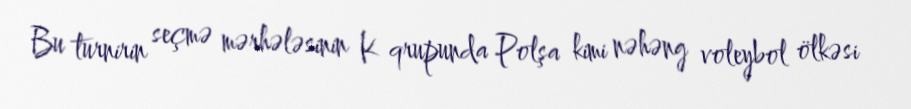
Bu turnirin seçmə mərhələsinin K qrupunda Polşa kimi nəhəng voleybol ölkəsi